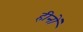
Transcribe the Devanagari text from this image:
हीनों